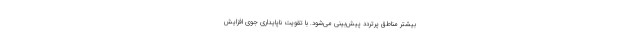
بیشتر مناطق پرتردد پیش‌بینی می‌شود. با تقویت ناپایداری جوی افزایش